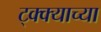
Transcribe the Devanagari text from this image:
ट्क्क्याच्या